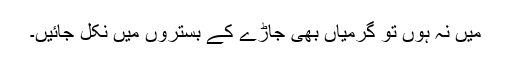
میں نہ ہوں تو گرمیاں بھی جاڑے کے بستروں میں نکل جائیں۔